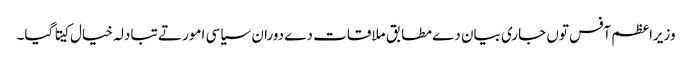
وزیراعظم آفس توں جاری بیان دے مطابق ملاقات دے دوران سیاسی امور تے تبادلہ خیال کیتا گیا۔